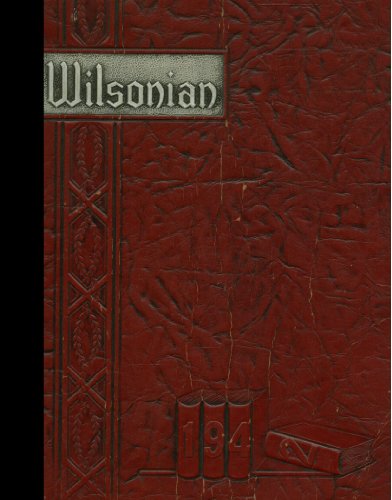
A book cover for (Reprint) 1942 Yearbook: Wilson High School, West Lawn, Pennsylvania; Reference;